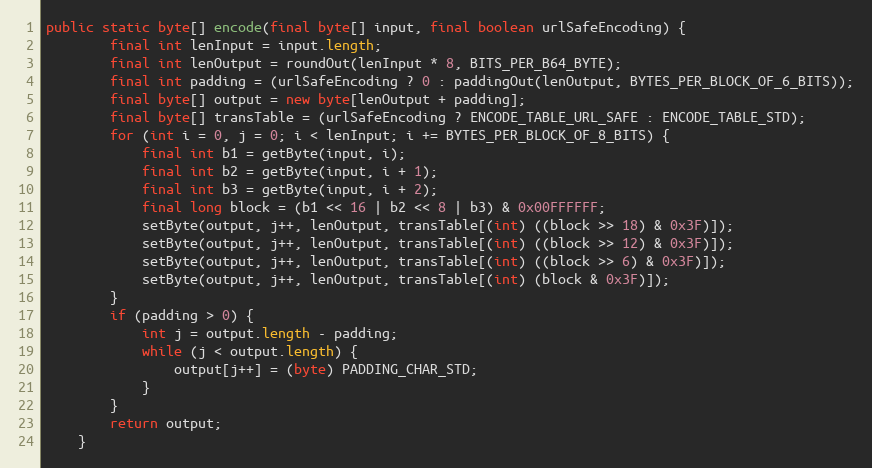
Language: Java
public static byte[] encode(final byte[] input, final boolean urlSafeEncoding) {
		final int lenInput = input.length;
		final int lenOutput = roundOut(lenInput * 8, BITS_PER_B64_BYTE);
		final int padding = (urlSafeEncoding ? 0 : paddingOut(lenOutput, BYTES_PER_BLOCK_OF_6_BITS));
		final byte[] output = new byte[lenOutput + padding];
		final byte[] transTable = (urlSafeEncoding ? ENCODE_TABLE_URL_SAFE : ENCODE_TABLE_STD);
		for (int i = 0, j = 0; i < lenInput; i += BYTES_PER_BLOCK_OF_8_BITS) {
			final int b1 = getByte(input, i);
			final int b2 = getByte(input, i + 1);
			final int b3 = getByte(input, i + 2);
			final long block = (b1 << 16 | b2 << 8 | b3) & 0x00FFFFFF;
			setByte(output, j++, lenOutput, transTable[(int) ((block >> 18) & 0x3F)]);
			setByte(output, j++, lenOutput, transTable[(int) ((block >> 12) & 0x3F)]);
			setByte(output, j++, lenOutput, transTable[(int) ((block >> 6) & 0x3F)]);
			setByte(output, j++, lenOutput, transTable[(int) (block & 0x3F)]);
		}
		if (padding > 0) {
			int j = output.length - padding;
			while (j < output.length) {
				output[j++] = (byte) PADDING_CHAR_STD;
			}
		}
		return output;
	}